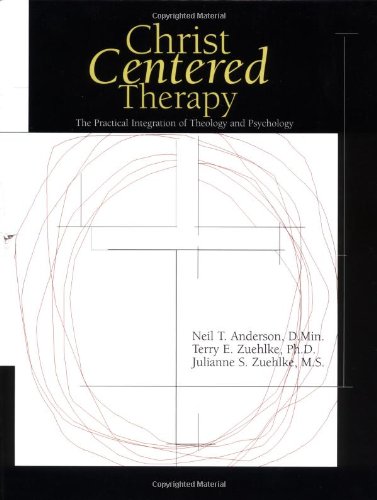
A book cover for Christ-Centered Therapy; Neil T. Anderson; Christian Books & Bibles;